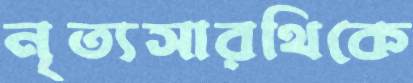
নৃত্যসারথিকে